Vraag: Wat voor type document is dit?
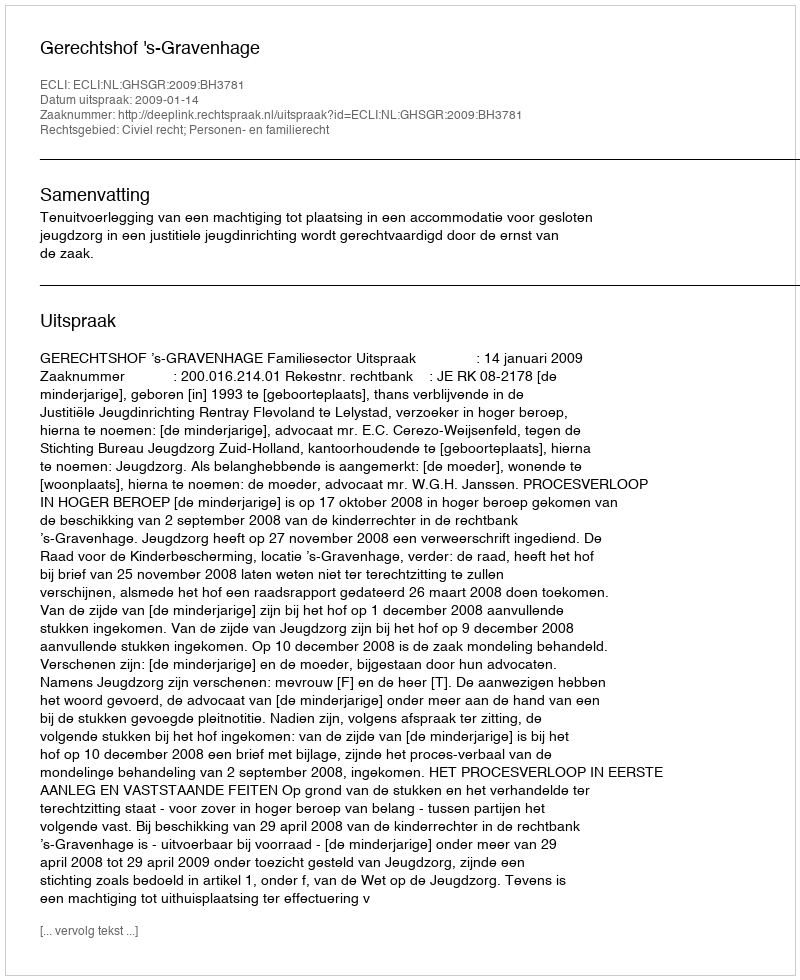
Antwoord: Uitspraak